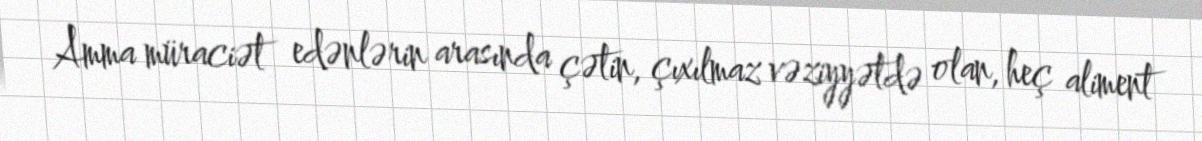
Amma müraciət edənlərin arasında çətin, çıxılmaz vəziyyətdə olan, heç aliment